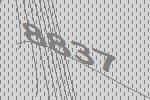
8837